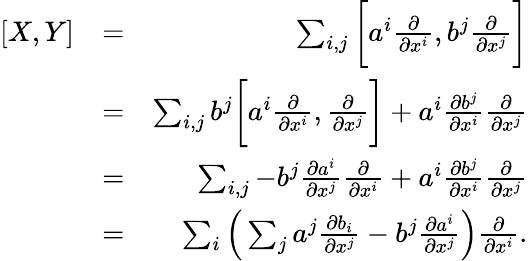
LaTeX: \begin{array}{rlr}{[X,Y]}&{=}&{\sum_{i,j}\bigg[a^{i}\frac{\partial}{\partial x^{i}},b^{j}\frac{\partial}{\partial x^{j}}\bigg]}\\ &{=}&{\sum_{i,j}b^{j}\bigg[a^{i}\frac{\partial}{\partial x^{i}},\frac{\partial}{\partial x^{j}}\bigg]+a^{i}\frac{\partial b^{j}}{\partial x^{i}}\frac{\partial}{\partial x^{j}}}\\ &{=}&{\sum_{i,j}-b^{j}\frac{\partial a^{i}}{\partial x^{j}}\frac{\partial}{\partial x^{i}}+a^{i}\frac{\partial b^{j}}{\partial x^{i}}\frac{\partial}{\partial x^{j}}}\\ &{=}&{\sum_{i}\Big(\sum_{j}a^{j}\frac{\partial b_{i}}{\partial x^{j}}-b^{j}\frac{\partial a^{i}}{\partial x^{j}}\Big)\frac{\partial}{\partial x^{i}}.}\end{array}